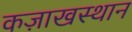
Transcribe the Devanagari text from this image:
कज़ाखस्थान